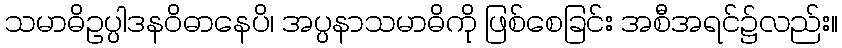
သမာဓိဥပ္ပါဒနဝိဓာနေပိ၊ အပ္ပနာသမာဓိကို ဖြစ်စေခြင်း အစီအရင်၌လည်း။